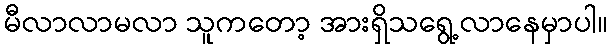
မီလာလာမလာ သူကတော့ အားရှိသရွေ့လာနေမှာပါ။